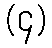
(၄)